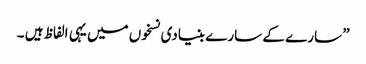
” سارے کے سارے بنیادی نسخوں میں یہی الفاظ ہیں ۔